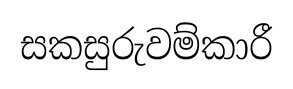
සකසුරුවම්කාරී